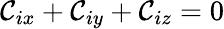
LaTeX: \mathcal{C}_{ix}+\mathcal{C}_{iy}+\mathcal{C}_{iz}=0